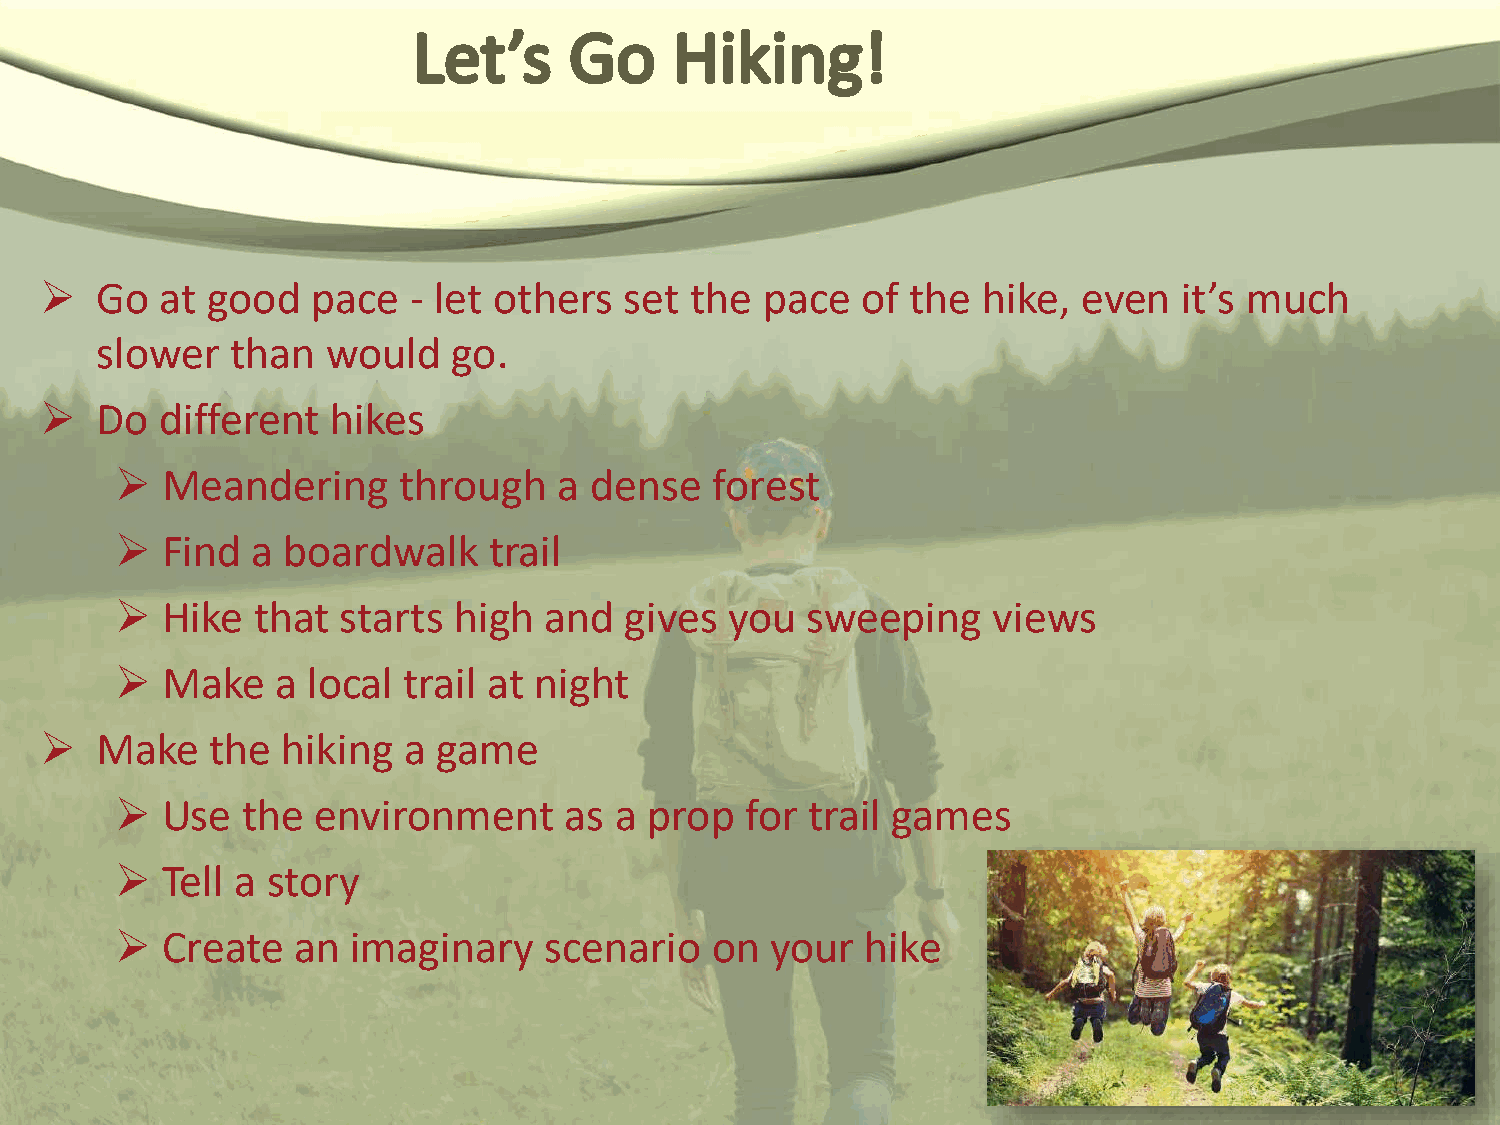
  Go   at good   pace  - let others  set  the pace   of the  hike,  even  it’s much
 slower   than   would   go.
   Do   different  hikes
   Meandering     through    a dense   forest
   Find  a boardwalk    trail
   Hike  that  starts high  and  gives  you  sweeping     views
   Make   a local  trail at night
   Make    the  hiking  a game
   Use  the  environment     as  a prop  for  trail games
   Tell a story
   Create  an  imaginary    scenario   on  your  hike